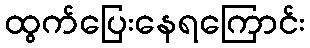
ထွက်ပြေးနေရကြောင်း